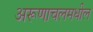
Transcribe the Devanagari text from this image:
अरूणाचलमधील